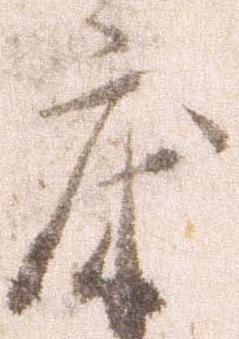
床